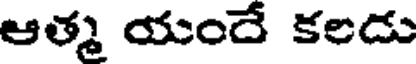
ఆత్మ యందే కలదు